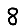
Digit: 8